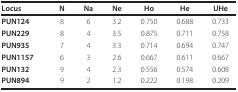
<table><thead><tr><td><b>Locus</b></td><td><b>N</b></td><td><b>Na</b></td><td><b>Ne</b></td><td><b>Ho</b></td><td><b>He</b></td><td><b>UHe</b></td></tr></thead><tbody><tr><td><b>PUN124</b></td><td>8</td><td>6</td><td>3.2</td><td>0.750</td><td>0.688</td><td>0.733</td></tr><tr><td><b>PUN229</b></td><td>8</td><td>4</td><td>3.5</td><td>0.875</td><td>0.711</td><td>0.758</td></tr><tr><td><b>PUN935</b></td><td>7</td><td>4</td><td>3.3</td><td>0.714</td><td>0.694</td><td>0.747</td></tr><tr><td><b>PUN1157</b></td><td>6</td><td>3</td><td>2.6</td><td>0.667</td><td>0.611</td><td>0.667</td></tr><tr><td><b>PUN132</b></td><td>9</td><td>4</td><td>2.3</td><td>0.556</td><td>0.574</td><td>0.608</td></tr><tr><td><b>PUN894</b></td><td>9</td><td>2</td><td>1.2</td><td>0.222</td><td>0.198</td><td>0.209</td></tr></tbody></table>